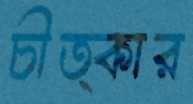
চীত্কার